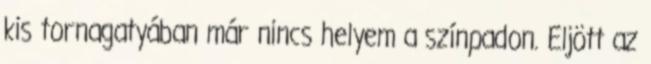
kis tornagatyában már nincs helyem a színpadon. Eljött az